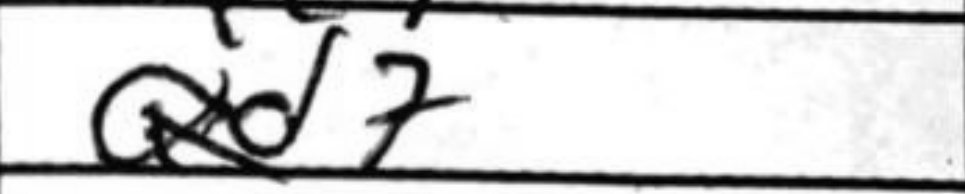
Transcription: Qd7